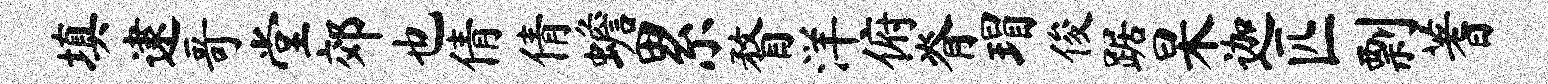
填逮哥堂郊也倩倩蟾累瞀洋俯脊瑁俊踞杲迦匹剽蓍